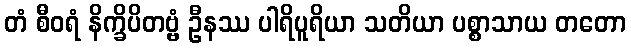
တံ စီဝရံ နိက္ခိပိတဗ္ဗံ ဦနဿ ပါရိပူရိယာ သတိယာ ပစ္စာသာယ တတော